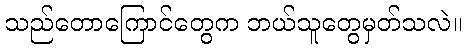
သည်တောကြောင်တွေက ဘယ်သူတွေမှတ်သလဲ။